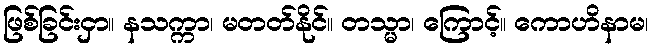
ဖြစ်ခြင်းငှာ။ နသက္ကာ၊ မတတ်နိုင်။ တသ္မာ၊ ကြောင့်။ ကောဟိနာမ၊